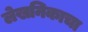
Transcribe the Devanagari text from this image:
लेखनिकाचा